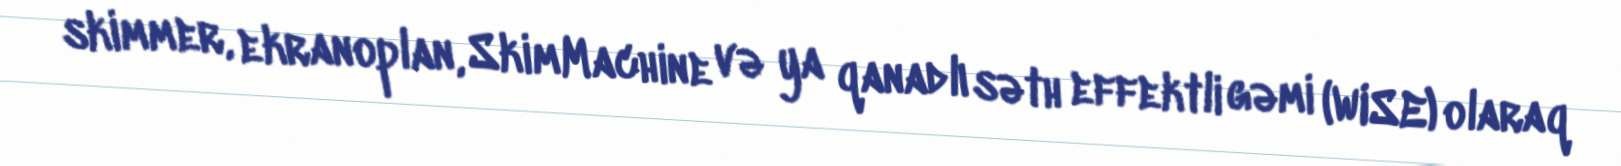
skimmer, ekranoplan, SkimMachine və ya qanadlı səth effektli gəmi (WISE) olaraq